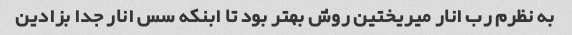
به نظرم رب انار میریختین روش بهتر بود تا ابنکه سس انار جدا بزادین